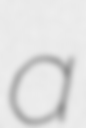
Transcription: a